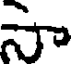
సా